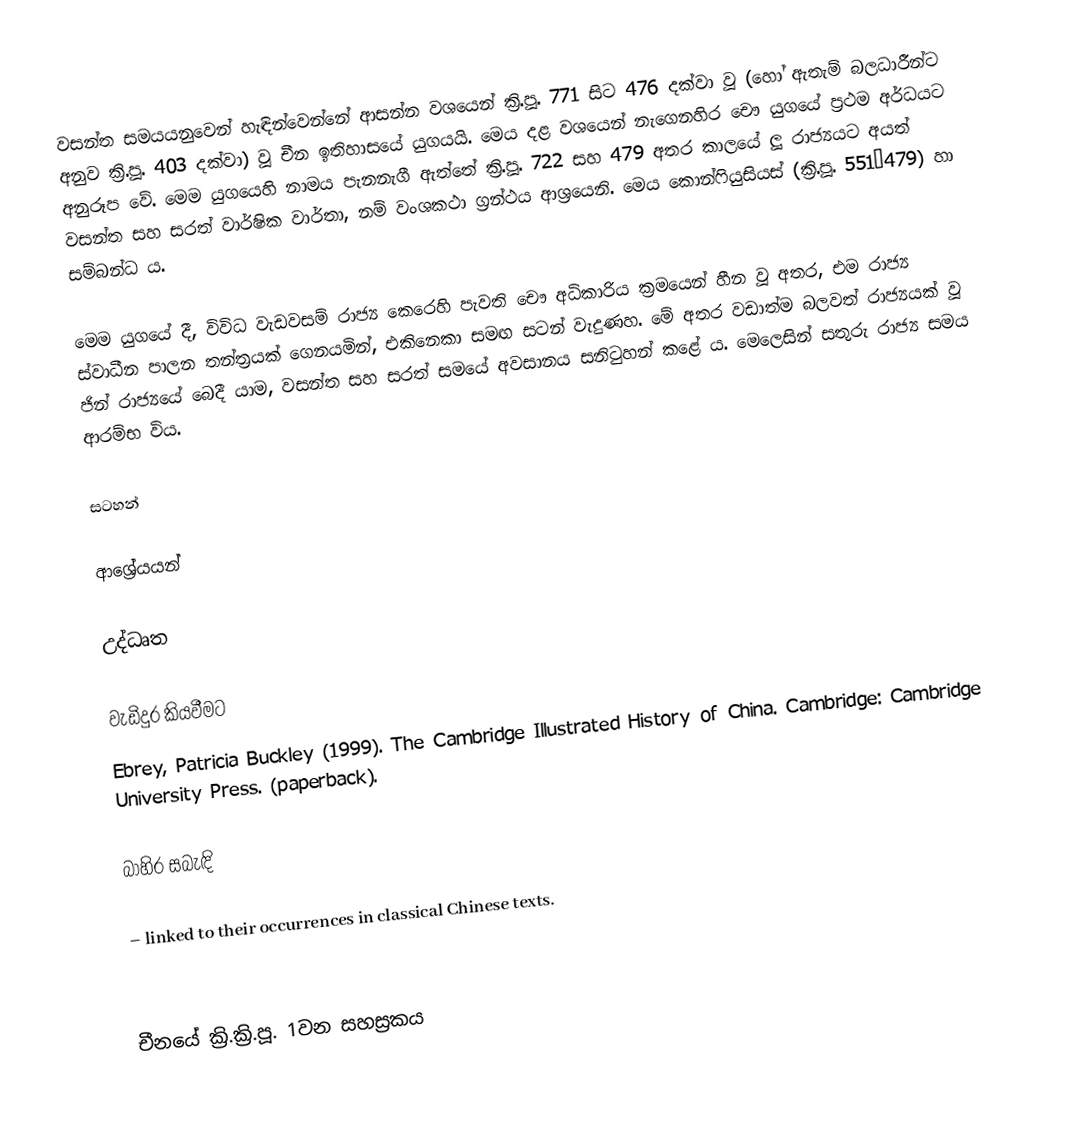
වසන්ත සමයයනුවෙන් හැඳින්වෙන්නේ ආසන්න වශයෙන් ක්‍රි.පූ. 771 සිට 476 දක්වා වූ (හෝ ඇතැම් බලධාරීන්ට අනුව ක්‍රි.පූ. 403 දක්වා) වූ චීන ඉතිහාසයේ යුගයයි. මෙය දළ වශයෙන් නැගෙනහිර චෞ යුගයේ ප්‍රථම අර්ධයට අනුරූප වේ. මෙම යුගයෙහි නාමය පැනනැගී ඇත්තේ ක්‍රි.පූ. 722 සහ 479 අතර කාලයේ ලූ රාජ්‍යයට අයත් වසන්ත සහ සරත් වාර්ෂික වාර්තා, නම් වංශකථා ග්‍රන්ථය ආශ්‍රයෙනි. මෙය කොන්ෆියුසියස් (ක්‍රි.පූ. 551–479) හා සම්බන්ධ ය.

මෙම යුගයේ දී, විවිධ වැඩවසම් රාජ්‍ය කෙරෙහි පැවති චෞ අධිකාරිය ක්‍රමයෙන් හීන වූ අතර, එම රාජ්‍ය ස්වාධීන පාලන තන්ත්‍රයක් ගෙනයමින්, එකිනෙකා සමඟ සටන් වැදුණහ. මේ අතර වඩාත්ම බලවත් රාජ්‍යයක් වූ ජින් රාජ්‍යයේ බෙදී යාම, වසන්ත සහ සරත් සමයේ අවසානය සනිටුහන් කළේ ය. මෙලෙසින් සතුරු රාජ්‍ය සමය ආරම්භ විය.

සටහන්

ආශ්‍රේයයන්

උද්ධෘත

වැඩිදුර කියවීමට
 Ebrey, Patricia Buckley (1999). The Cambridge Illustrated History of China. Cambridge: Cambridge University Press.  (paperback).

බාහිර සබැඳි

  – linked to their occurrences in classical Chinese texts.

චීනයේ ක්‍රි.ක්‍රි.පූ. 1වන සහස්‍රකය